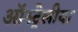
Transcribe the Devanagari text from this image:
ऑस्ट्रेलीया